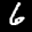
Label: 6